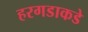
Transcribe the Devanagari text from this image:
हरगडाकडे